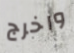
واخرج